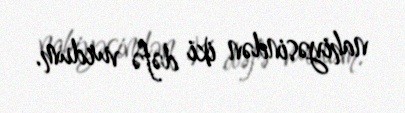
nahiyəsindən iki dəfə vurdum.